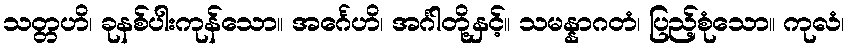
သတ္တဟိ၊ ခုနစ်ပါးကုန်သော။ အင်္ဂေဟိ၊ အင်္ဂါတို့နှင့်။ သမန္နာဂတံ၊ ပြည့်စုံသော။ ကုလံ၊